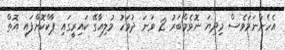
އެހެންނަމަވެސް މިދިޔަ ނޮވެމްބަރު 2 ވަނަ ދުވަހު މުލިއާގޭ ކައިރީގައި ޕާކްކޮށްފައި އޮތް